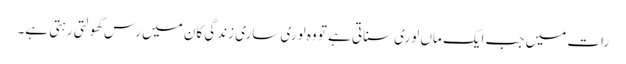
رات میں جب ایک ماں لوری سناتی ہے تو وہ لوری ساری زندگی کان میں رس گھولتی رہتی ہے۔